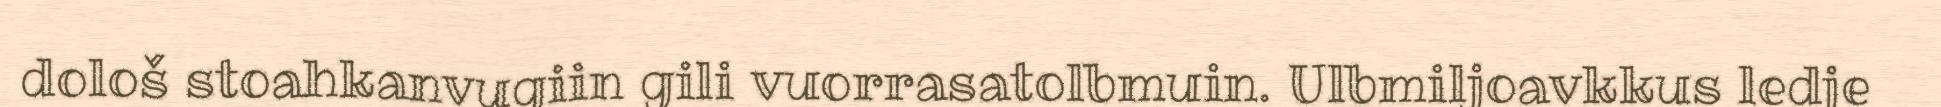
dološ stoahkanvugiin gili vuorrasatolbmuin. Ulbmiljoavkkus ledje